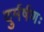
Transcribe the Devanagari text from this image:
दुर्मर्षणः